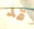
قد